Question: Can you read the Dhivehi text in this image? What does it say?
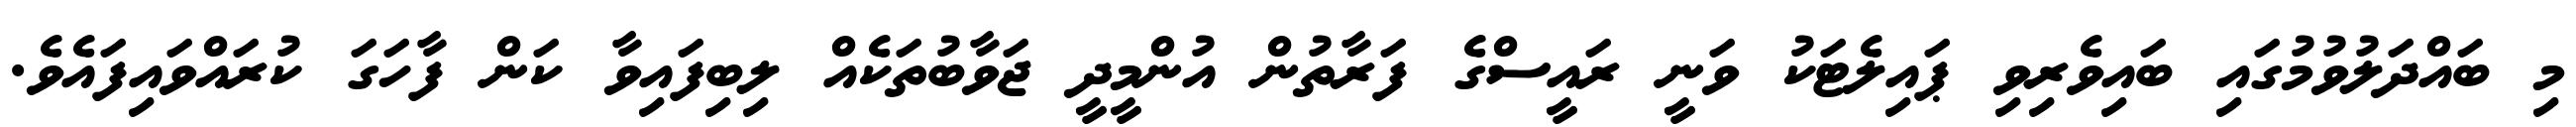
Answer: މި ބައްދަލުވުމުގައި ބައިވެރިވި ޕައިލެޓަކު ވަނީ ރައީސްގެ ފަރާތުން އުންމީދީ ޖަވާބުތަކެއް ލިބިފައިވާ ކަން ފާހަގަ ކުރައްވައިފައެވެ.